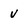
Character: v